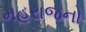
મહરાજનો